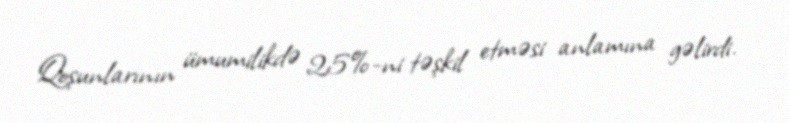
Qoşunlarının ümumilikdə 25%-ni təşkil etməsi anlamına gəlirdi.